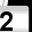
Digit: 2